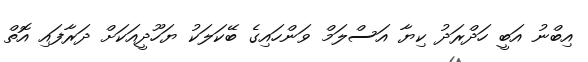
އިބްނު އަބީ ހަދްރަދު ކިޔާ އަސްލަމް ވަންހައިގެ ބޭކަލަކު ޔަހޫދީއަކަށް ދަރާފައި އޮތް